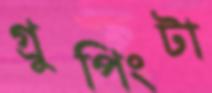
গ্রুপিংটা